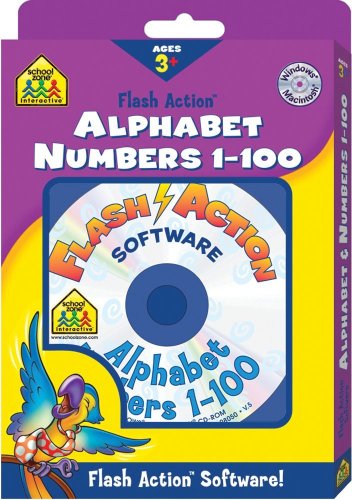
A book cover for Alphabet / Numbers 1-100 (Flash Action Software); School Zone Interactive; Children's Books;